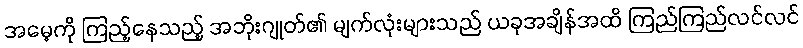
အမေ့ကို ကြည့်နေသည့် အဘိုးဂျုတ်၏ မျက်လုံးများသည် ယခုအချိန်အထိ ကြည်ကြည်လင်လင်